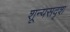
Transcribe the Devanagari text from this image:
शून्यसदृश